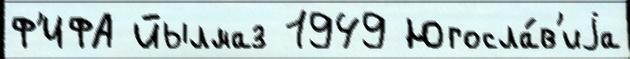
Ф'ИФА Йылмаз 1949 Югосла́в'иjа